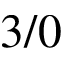
3 / 0